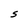
Character: S